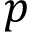
p